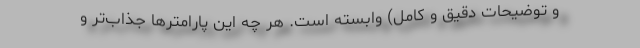
و توضیحات دقیق و کامل) وابسته است. هر چه این پارامترها جذاب‌تر و